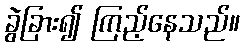
ခွဲခြား၍ ကြည့်နေသည်။